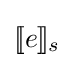
[\![e]\!]_{s}